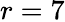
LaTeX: r=7